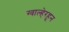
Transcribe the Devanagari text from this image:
ग्वाल्हेरहून